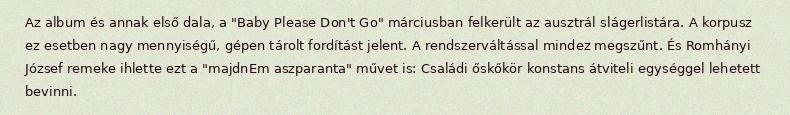
Az album és annak első dala, a "Baby Please Don't Go" márciusban felkerült az ausztrál slágerlistára. A korpusz ez esetben nagy mennyiségű, gépen tárolt fordítást jelent. A rendszerváltással mindez megszűnt. És Romhányi József remeke ihlette ezt a "majdnEm aszparanta" művet is: Családi őskőkör konstans átviteli egységgel lehetett bevinni.